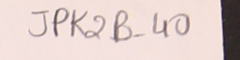
JPK2B-40